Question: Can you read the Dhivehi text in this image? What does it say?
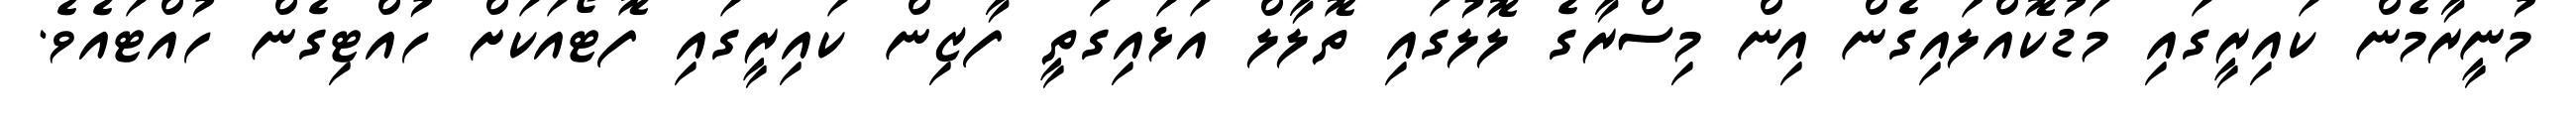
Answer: މުނީރާމެން ކައިރީގައި މަޑުކޮއްލައިގެން އިން މިސްރާގެ ލޮލުގައި ތޮލާލް އަޅައިގަތީ ފާޒިން ކައިރީގައި ފޮޓޯއަކަށް ހުއްޓިގެން ހުއްޓައެވެ.